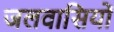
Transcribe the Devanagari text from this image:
जलवासियों